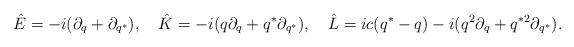
LaTeX: \begin{align*}\hat E=-i(\partial_q+\partial_{q^*}),~~~\hat K=-i(q\partial_q+q^*\partial_{q^*}),~~~\hat L=ic(q^*-q)-i(q^2\partial_q+q^{*2}\partial_{q^*}).\end{align*}